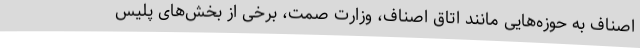
اصناف به حوزه‌هایی مانند اتاق اصناف، وزارت صمت، برخی از بخش‌های پلیس